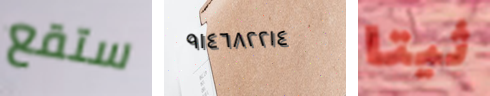
ستقع ٩١٤٦٨٢٢١٤ ثيتا